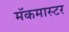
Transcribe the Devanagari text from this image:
मॅकमास्टर